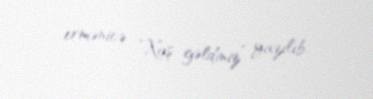
ermənicə “Xoş gəldiniz” yazılıb.